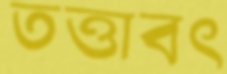
তত্তাবৎ